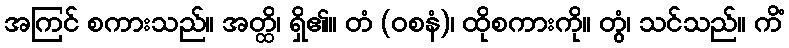
အကြင် စကားသည်။ အတ္ထိ၊ ရှိ၏။ တံ (ဝစနံ)၊ ထိုစကားကို။ တွံ၊ သင်သည်။ ကိံ